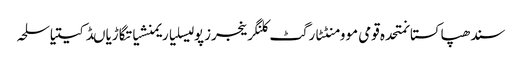
سندھپاکستانمتحدہ قومی موومنٹٹارگٹ کلنگرینجرزپولیسلیاریمنشیاتگاڑیاںڈکیتیاسلحہ